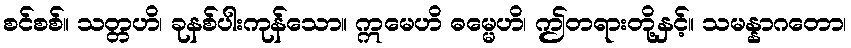
စင်စစ်။ သတ္တဟိ၊ ခုနစ်ပါးကုန်သော။ ဣမေဟိ ဓမ္မေဟိ၊ ဤတရားတို့နှင့်။ သမန္နာဂတော၊